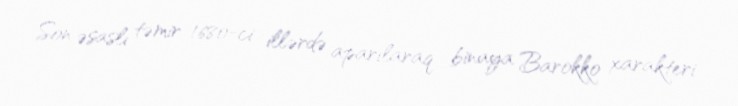
Son əsaslı təmir 1680-ci illərdə aparılaraq binaya Barokko xarakteri